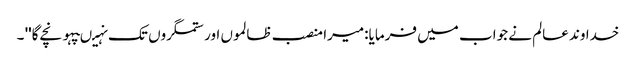
خدا وند عالم نے جواب میں فرمایا:میرا منصب ظالموں اور ستمگروں تک نہیںپہونچے گا'' ۔